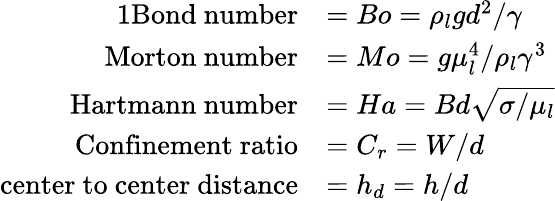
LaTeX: \begin{array}{rl}{{1}\mathrm{Bond~number}}&{=Bo=\rho_{l}gd^{2}/\gamma}\\ {\mathrm{Morton~number}}&{=Mo=g\mu_{l}^{4}/\rho_{l}\gamma^{3}}\\ {\mathrm{Hartmann~number}}&{=Ha=Bd\sqrt{\sigma/\mu_{l}}}\\ {\mathrm{Confinement~ratio}}&{=C_{r}=W/d}\\ {\mathrm{center~to~center~distance}}&{=h_{d}=h/d}\end{array}